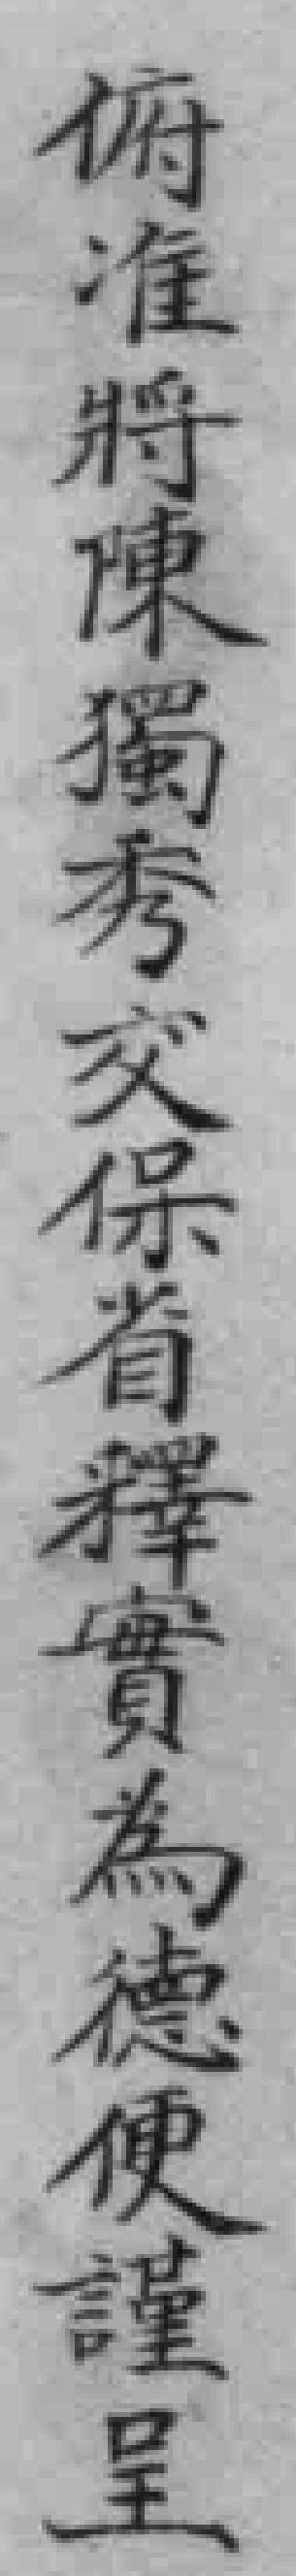
俯准將陳獨秀交保省釋實為德便謹呈